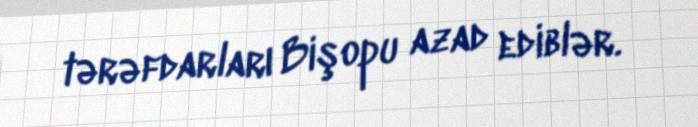
tərəfdarları Bişopu azad ediblər.